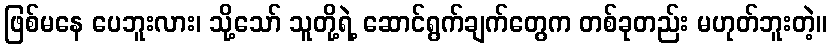
ဖြစ်မနေ ပေဘူးလား၊ သို့သော် သူတို့ရဲ့ ဆောင်ရွက်ချက်တွေက တစ်ခုတည်း မဟုတ်ဘူးတဲ့။